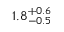
1 . 8 _ { - 0 . 5 } ^ { + 0 . 6 }